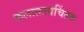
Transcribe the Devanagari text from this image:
कलातत्त्वचिंतक